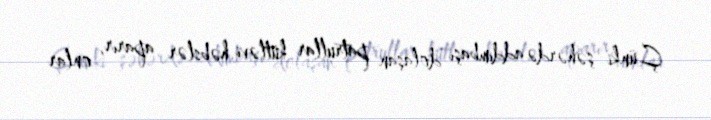
Çünki şəhərdə addımbaşı dolaşan patrullar kütləvi həbslər aparır, onlar